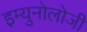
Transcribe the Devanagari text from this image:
इम्युनोलोजी